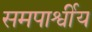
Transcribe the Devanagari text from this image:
समपार्श्वीय